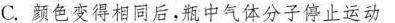
C.颜色变得相同后，瓶中气体分子停止运动